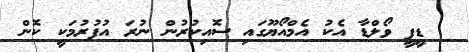
ޑީޕީ ވޯލްޑާ އެކު އެމްއޯޔޫގައި ސޮއިކުރުން ނުރަ އުފުރުމަކީ ކޮން